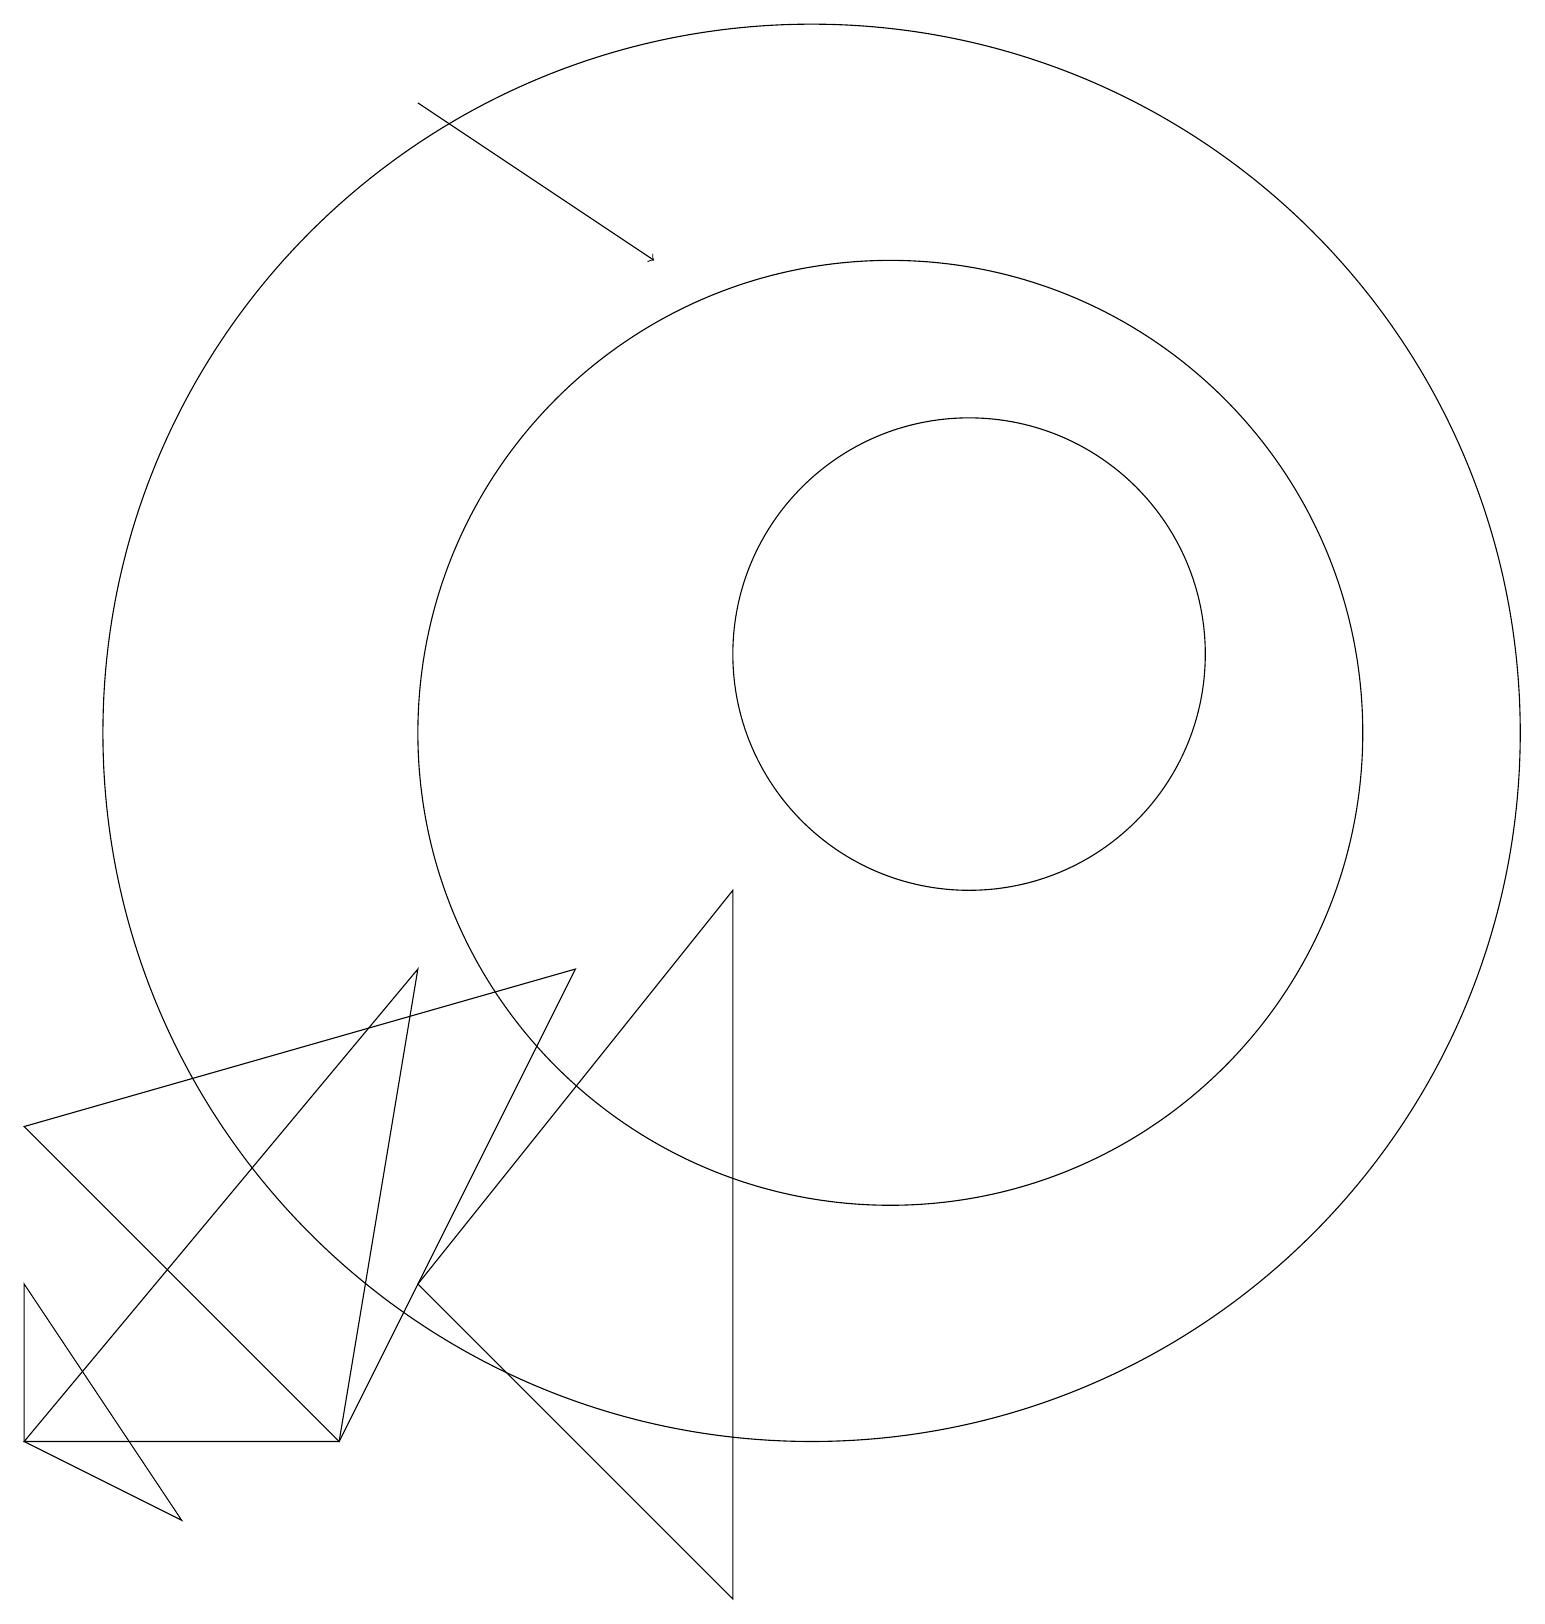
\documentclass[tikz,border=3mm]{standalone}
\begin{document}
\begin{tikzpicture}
\draw (12,12) circle (3);
\draw (11,11) circle (6);
\draw (7,8) -- (4,2) -- (0,6) -- cycle;
\draw[->] (5,19) -- (8,17);
\draw (9,0) -- (9,9) -- (5,4) -- cycle;
\draw (10,11) circle (9);
\draw (5,8) -- (0,2) -- (4,2) -- cycle;
\draw (0,2) -- (2,1) -- (0,4) -- cycle;
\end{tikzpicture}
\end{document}